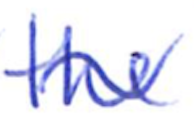
Text: the
Cross-out: mix
Writing tool: ballpoint